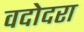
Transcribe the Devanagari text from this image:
वदोदरा